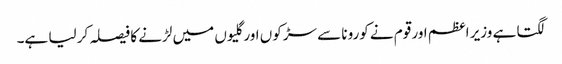
لگتا ہے وزیر اعظم اور قوم نے کورونا سے سڑکوں اور گلیوں میں لڑنے کا فیصلہ کر لیا ہے۔